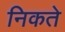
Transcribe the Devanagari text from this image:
निकते